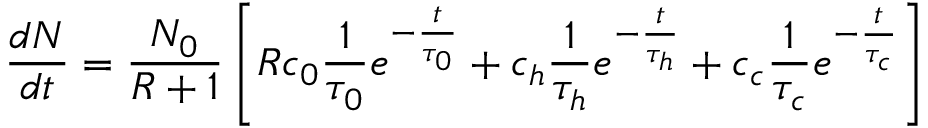
\frac { d N } { d t } = \frac { N _ { 0 } } { R + 1 } \left[ R c _ { 0 } \frac { 1 } { \tau _ { 0 } } e ^ { - \frac { t } { \tau _ { 0 } } } + c _ { h } \frac { 1 } { \tau _ { h } } e ^ { - \frac { t } { \tau _ { h } } } + c _ { c } \frac { 1 } { \tau _ { c } } e ^ { - \frac { t } { \tau _ { c } } } \right]